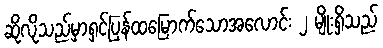
ဆိုလိုသည်မှာရှင်ပြန်ထမြောက်သောအလောင်း ၂ မျိုးရှိသည်